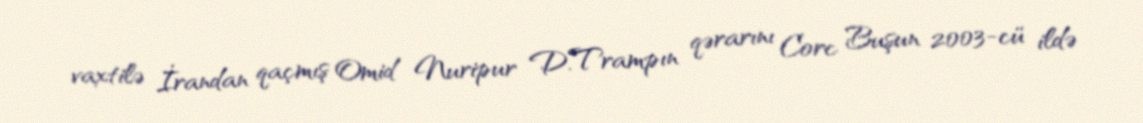
vaxtilə İrandan qaçmış Omid Nuripur D.Trampın qərarını Corc Buşun 2003-cü ildə